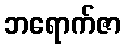
ဘရောက်ဇာ